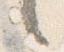
言